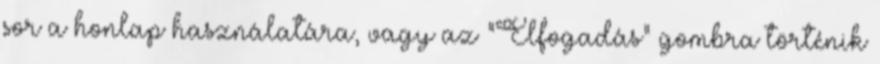
sor a honlap használatára, vagy az "Elfogadás" gombra történik